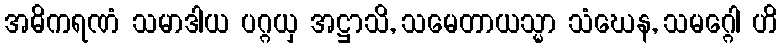
အဓိကရဏံ သမာဒါယ ပဂ္ဂယှ အဋ္ဌာသိ, သမေတာယသ္မာ သံဃေန, သမဂ္ဂေါ ဟိ